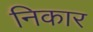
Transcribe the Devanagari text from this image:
निकार